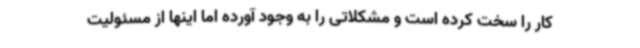
کار را سخت کرده است و مشکلاتی را به وجود آورده اما اینها از مسئولیت